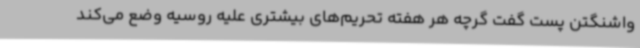
واشنگتن پست گفت گرچه هر هفته تحریم‌های بیشتری علیه روسیه وضع می‌کند